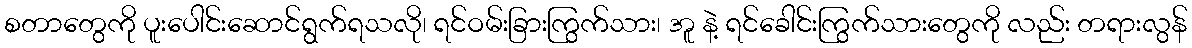
စတာတွေကို ပူးပေါင်းဆောင်ရွက်ရသလို၊ ရင်ဝမ်းခြားကြွက်သား၊ အူ နဲ့ ရင်ခေါင်းကြွက်သားတွေကို လည်း တရားလွန်